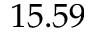
1 5 . 5 9